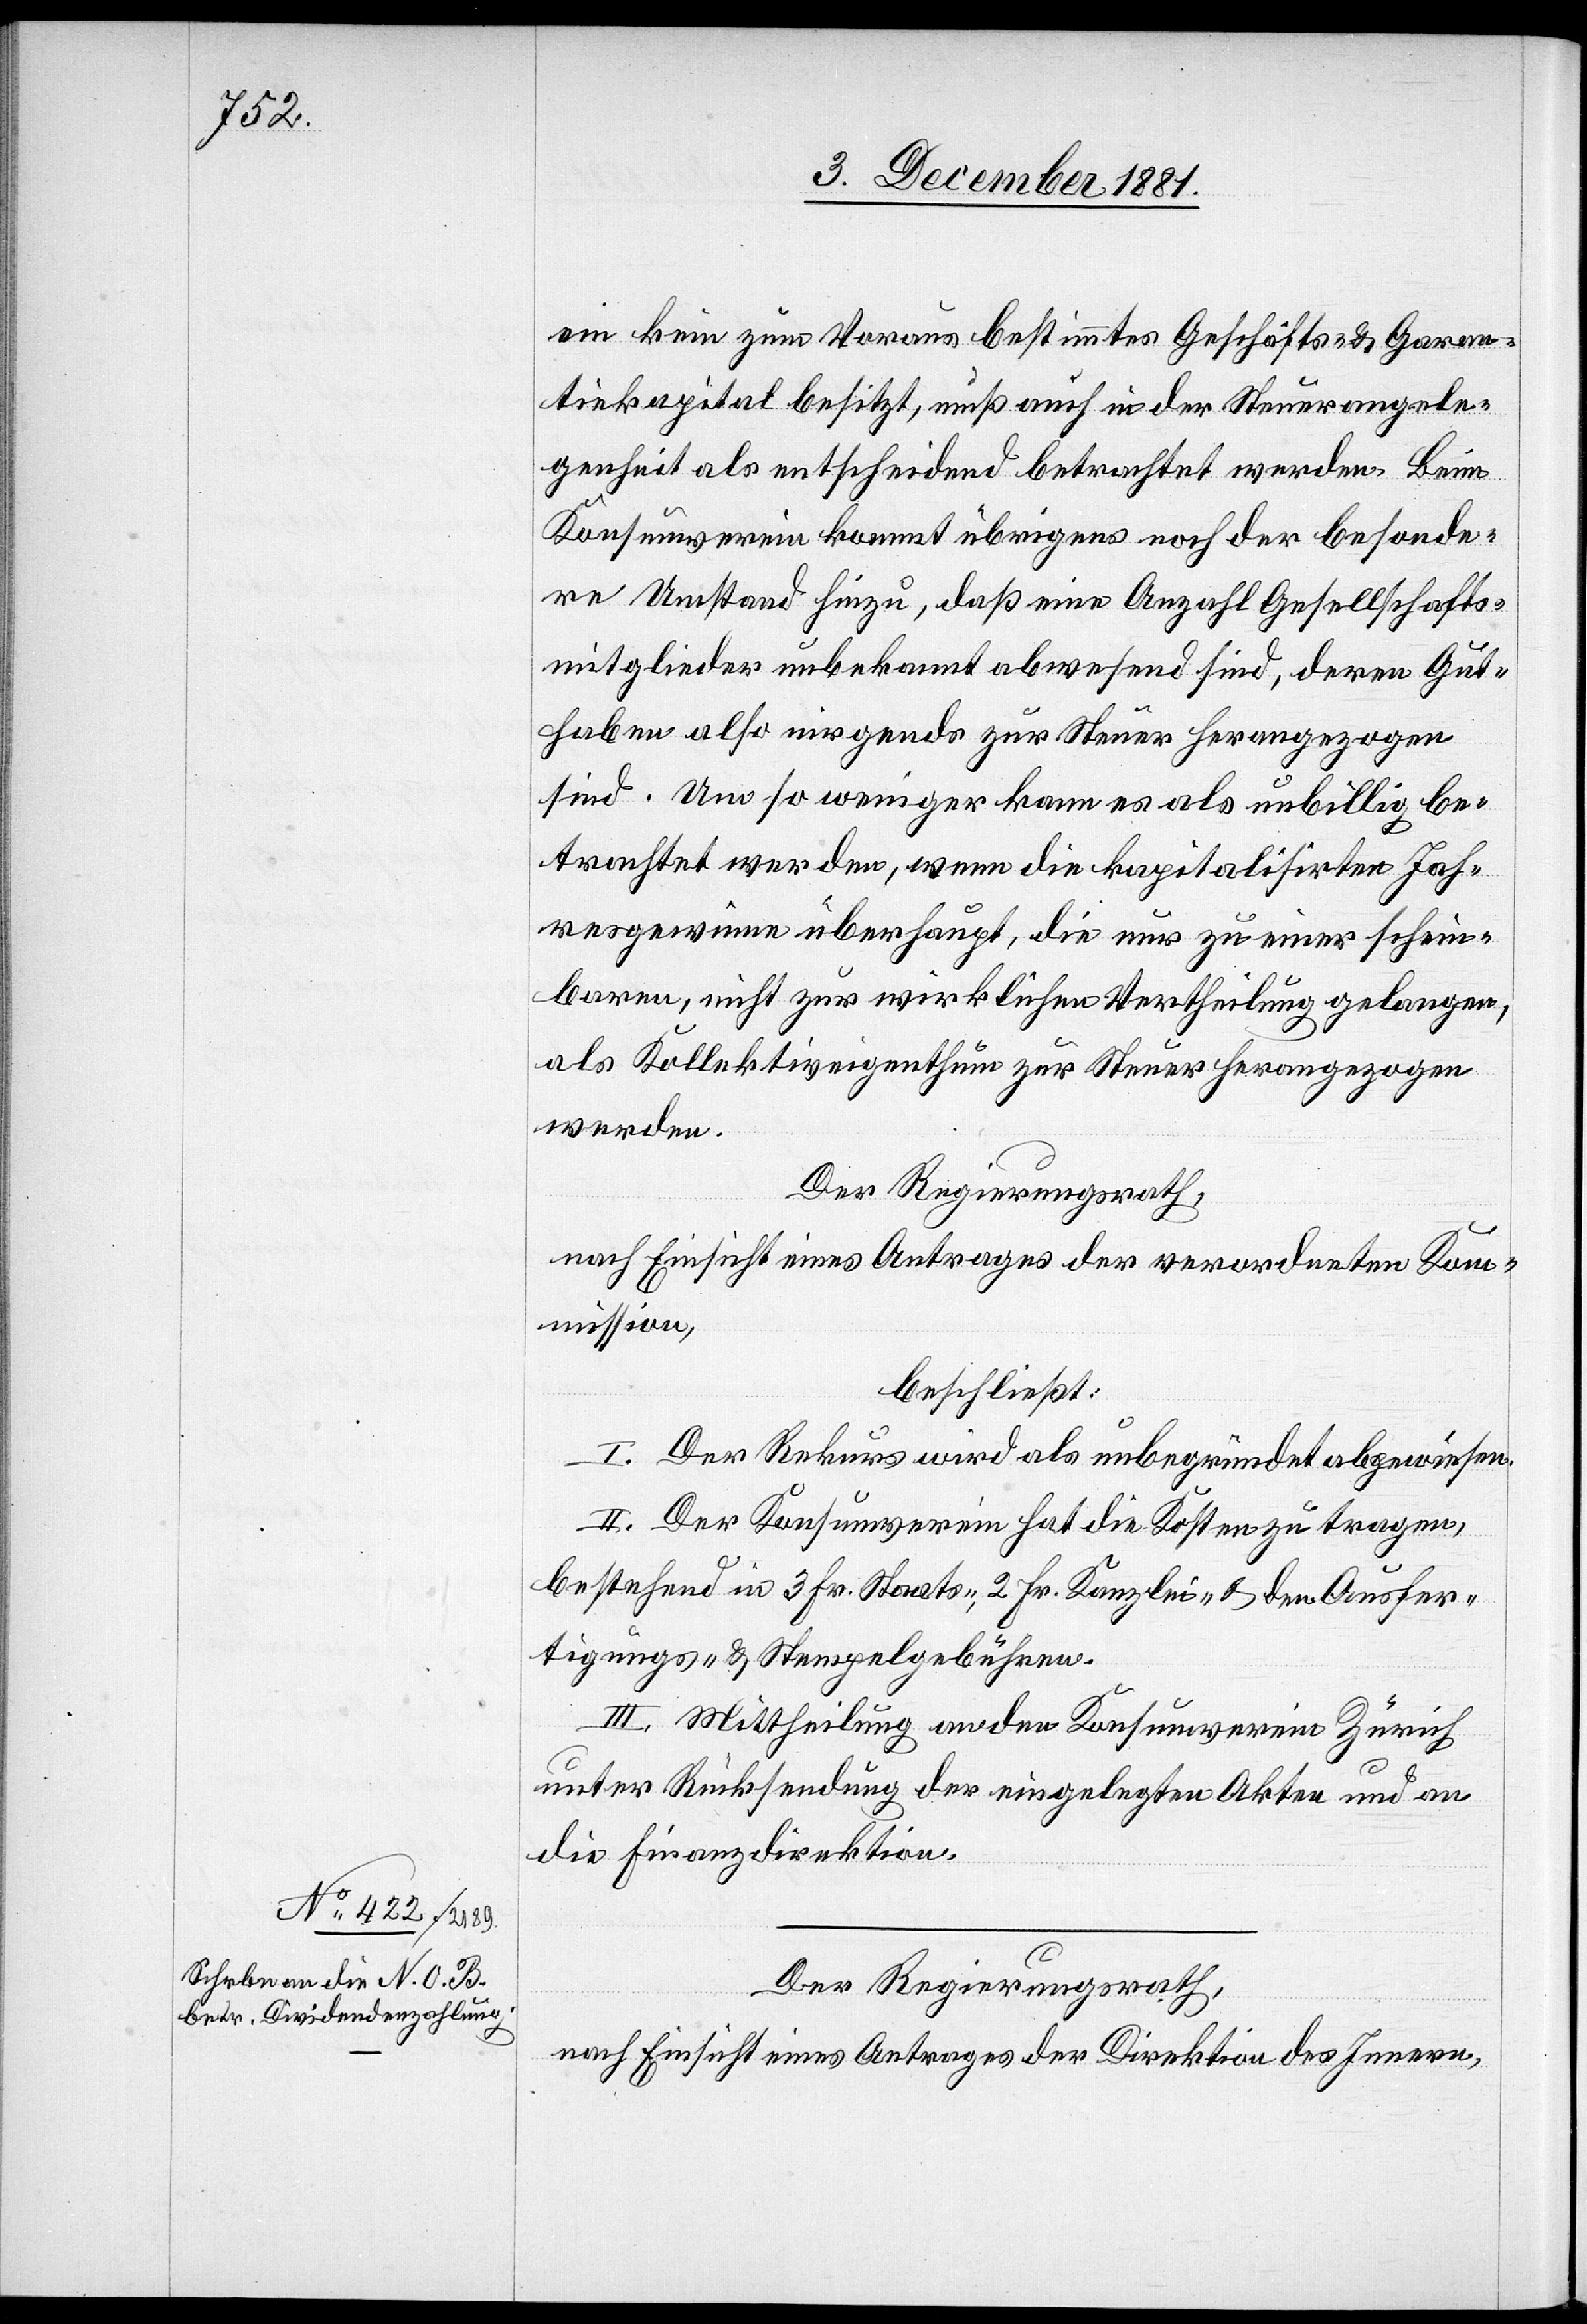
ein kein zum Voraus bestimmtes Geschäfts- & Garan¬
tiekapital besitzt, muß auch in der Steuerangele¬
genheit als entscheidend betrachtet werden. Beim
Konsumverein kommt übrigens noch der besonde¬
re Umstand hinzu, daß eine Anzahl Gesellschafts¬
mitglieder unbekannt abwesend sind, deren Gut¬
haben also nirgend zur Steuer herangezogen
sind. Um so weniger kann es als unbillig be¬
trachtet werden, wenn die kapitalisirten Jah¬
resgewinne überhaupt, die nur zu einer schein¬
baren, nicht zur wirklichen Vertheilung gelange,
als Kollektiveigenthum zur Steuer herangezogen
werden.
Der Regierungsrath,
nach Einsicht eines Antrages der verordneten Kom¬
mission,
beschließt:
I. Der Rekurs wird als unbegründet abgewiesen.
II. Der Konsumverein hat die Kosten zu tragen,
bestehend in 3 Fr. Staats-, 2 Fr. Kanzlei- & den Ausfer¬
tigungs- & Stempelgebühren.
III. Mittheilung an den Konsumverein Zürich
unter Rücksendung der eingelegten Akten und an
die Finanzdirektion.
Der Regierungsrath,
nach Einsicht eines Antrages der Direktion des Innern,